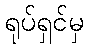
ရုပ်ရှင်မှ